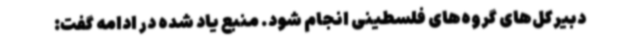
دبیرکل‌های گروه‌های فلسطینی انجام شود. منبع یاد شده در ادامه گفت: